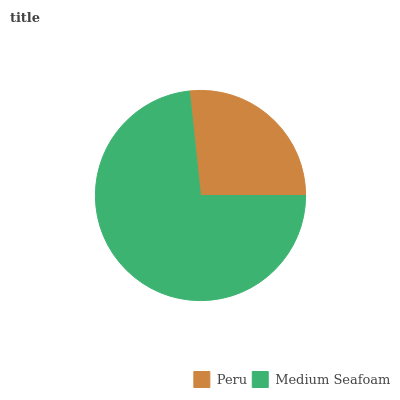
| Peru | Medium Seafoam |
 | --- | --- |
 | 26.7% | 73.3% |